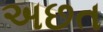
અછત